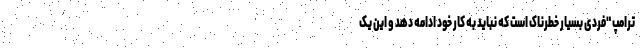
ترامپ "فردی بسیار خطرناک است که نباید به کار خود ادامه دهد و این یک